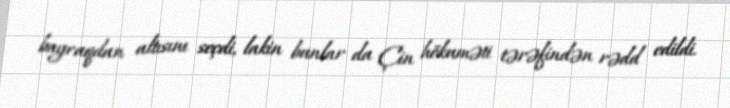
bayraqdan altısını seçdi, lakin bunlar da Çin hökuməti tərəfindən rədd edildi.